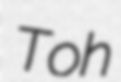
Toh